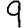
Digit: 9